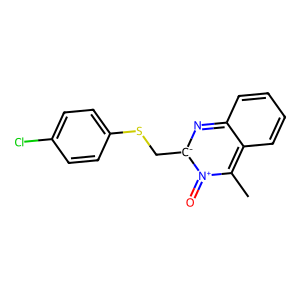
SMILES: Cc1c2ccccc2n[c-](CSc2ccc(Cl)cc2)[n+]1=O
Inhibits HIV replication: Yes